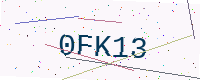
Text: 0FK13